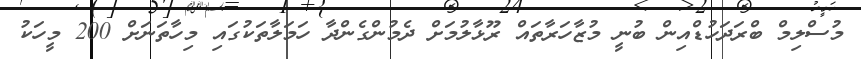
މުސްލިމް ބްރަދަހުޑްއިން ބުނީ މުޒާހަރާތައް ރޫޅާލުމަށް ދެމުންގެންދާ ހަމަލާތަކުގައި މިހާތަނަށް 200 މީހަކު